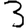
Digit: 3